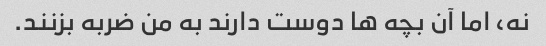
نه، اما آن بچه ها دوست دارند به من ضربه بزنند.